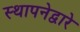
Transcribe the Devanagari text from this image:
स्थापनेद्वारे